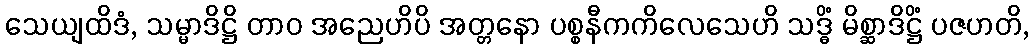
သေယျထိဒံ, သမ္မာဒိဋ္ဌိ တာဝ အညေဟိပိ အတ္တနော ပစ္စနီကကိလေသေဟိ သဒ္ဓိံ မိစ္ဆာဒိဋ္ဌိံ ပဇဟတိ,